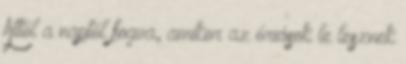
Attól a naptól fogva, amikor az óriások le lesznek